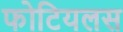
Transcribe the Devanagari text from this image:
फोटियलस